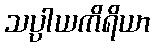
သပ္ပါယကိရိယာ